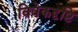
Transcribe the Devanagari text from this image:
विवेकदृष्टि